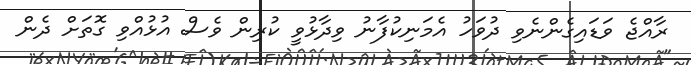
ރާއްޖެ ވަޑައިގެންނެވި ދުވަހު އެމަނިކުފާނު ވިދާޅުވީ ކުރިން ވެސް އުޅުއްވި ގޮތަށް ދެން